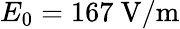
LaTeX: E_{0}=167~\mathrm{V/m}